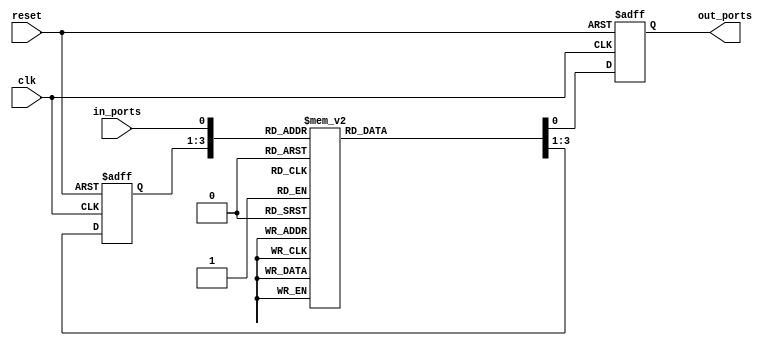
`timescale 1ns / 1ps
//////////////////////////////////////////////////////////////////////////////////
// Company: 
// Engineer: 
// 
// Design Name: 
// Module Name:    moore 
// Project Name: 
// Target Devices: 
// Tool versions: 
// Description: 
//
// Dependencies: 
//
// Revision: 
// Revision 0.01 - File Created
// Additional Comments: 
//
//////////////////////////////////////////////////////////////////////////////////
module moore(
    input clk,
    input reset,
    input in_ports,
    output reg out_ports
    );

//***********************************************
// state register of 2-bits for 4 states
//***********************************************
reg [2:0] state_register;
//********************************************************************************************
// Behavioral Logic for BOTH next state and outputs
// Note: both the state and output variables ONLY change on a clock event
//********************************************************************************************
always @(posedge clk or posedge reset)
	if (reset == 1'b1)
		{state_register,out_ports} = {3'b000, 1'b0};
		
	else
		case ( {state_register,in_ports} )

		//state 000 with the 2 combinations of inputs
		4'b000_0: {state_register, out_ports} = {3'b000, 1'b0};
		4'b000_1: {state_register, out_ports} = {3'b001, 1'b0};

		//state 001 with the 2 combinations of inputs
		4'b001_0: {state_register, out_ports} = {3'b010, 1'b0};
		4'b001_1: {state_register, out_ports} = {3'b001, 1'b0};

		//state 010 with the 2 combinations of inputs
		4'b010_0: {state_register, out_ports} = {3'b000, 1'b0};
		4'b010_1: {state_register, out_ports} = {3'b011, 1'b0};

		// state 011 with the 2 combinations of inputs
		4'b011_0: {state_register, out_ports} = {3'b010, 1'b0};
		4'b011_1: {state_register, out_ports} = {3'b100, 1'b0};
		
		// state 100 with the 2 combinations of inputs
		4'b100_0: {state_register, out_ports} = {3'b010, 1'b0};
		4'b100_1: {state_register, out_ports} = {3'b100, 1'b0};
		
		// state 101 with the 2 combinations of inputs
		4'b101_0: {state_register, out_ports} = {3'b000, 1'b0};
		4'b101_1: {state_register, out_ports} = {3'b110, 1'b0};
		
		// state 101 with the 2 combinations of inputs
		4'b110_0: {state_register, out_ports} = {3'b000, 1'b0};
		4'b110_1: {state_register, out_ports} = {3'b001, 1'b1};
		
		default: {state_register, out_ports} = {3'b000, 1'b0};

	endcase
	
endmodule